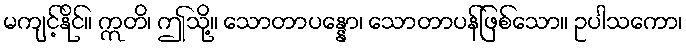
မကျင့်နိုင်။ ဣတိ၊ ဤသို့။ သောတာပန္နော၊ သောတာပန်ဖြစ်သော။ ဥပါသကော၊